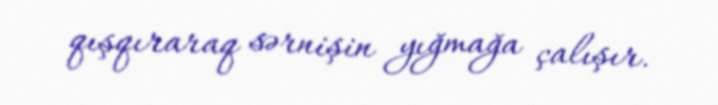
qışqıraraq sərnişin yığmağa çalışır.